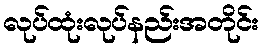
လုပ်ထုံးလုပ်နည်းအတိုင်း